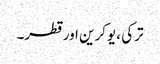
ترکی ، یوکرین اور قطر۔